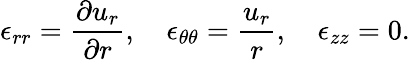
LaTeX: \epsilon_{rr}=\frac{\partial u_{r}}{\partial r},\quad\epsilon_{\theta\theta}=\frac{u_{r}}{r},\quad\epsilon_{zz}=0.